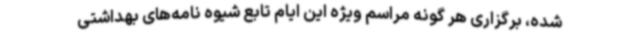
شده، برگزاری هر گونه مراسم ویژه این ایام تابع شیوه نامه‌های بهداشتی